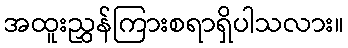
အထူးညွှန်ကြားစရာရှိပါသလား။